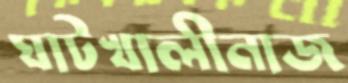
ঘাটখালীনাজ